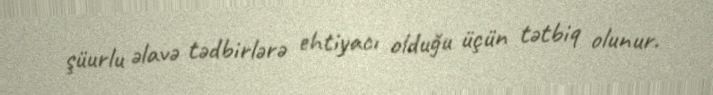
şüurlu əlavə tədbirlərə ehtiyacı olduğu üçün tətbiq olunur.